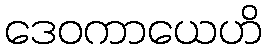
ဒေဝကာယေဟိ